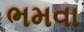
ભમવા